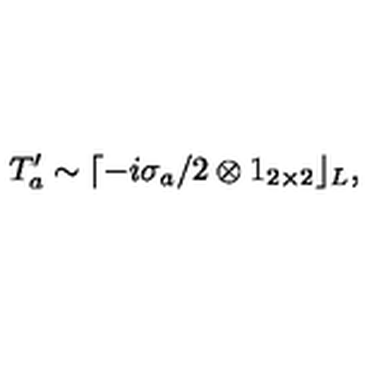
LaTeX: T _ { a } ^ { \prime } \sim \lceil - i \sigma _ { a } / 2 \otimes 1 _ { 2 \times 2 } \rfloor _ { L } ,